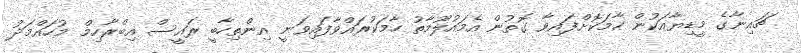
ޗައިނާގެ މީޑިޔާއަކުން ހާމަކޮށްފައިވާ ގޮތުން އެމައުލޫމާތު ހާމަކުރައްވާފައިވަނީ އިންތިހާބީ ރައީސް އިބްރާހިމް މުހައްމަދު